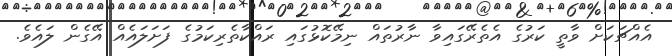
އެއްޗަކަށް ވާތީ ކަރުގެ އެތެރޭގައިވާ ނާރުތައް ނިމޭކޮޅުގައި ރައްކާތެރިކަމުގެ ފަށަލައެއް އޭގެން ލައެވެ.